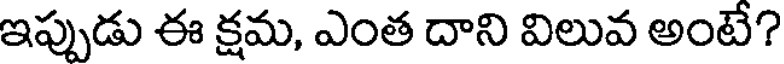
ఇప్పుడు ఈ క్షమ, ఎంత దాని విలువ అంటే?